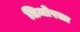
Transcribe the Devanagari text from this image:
तिमोरला